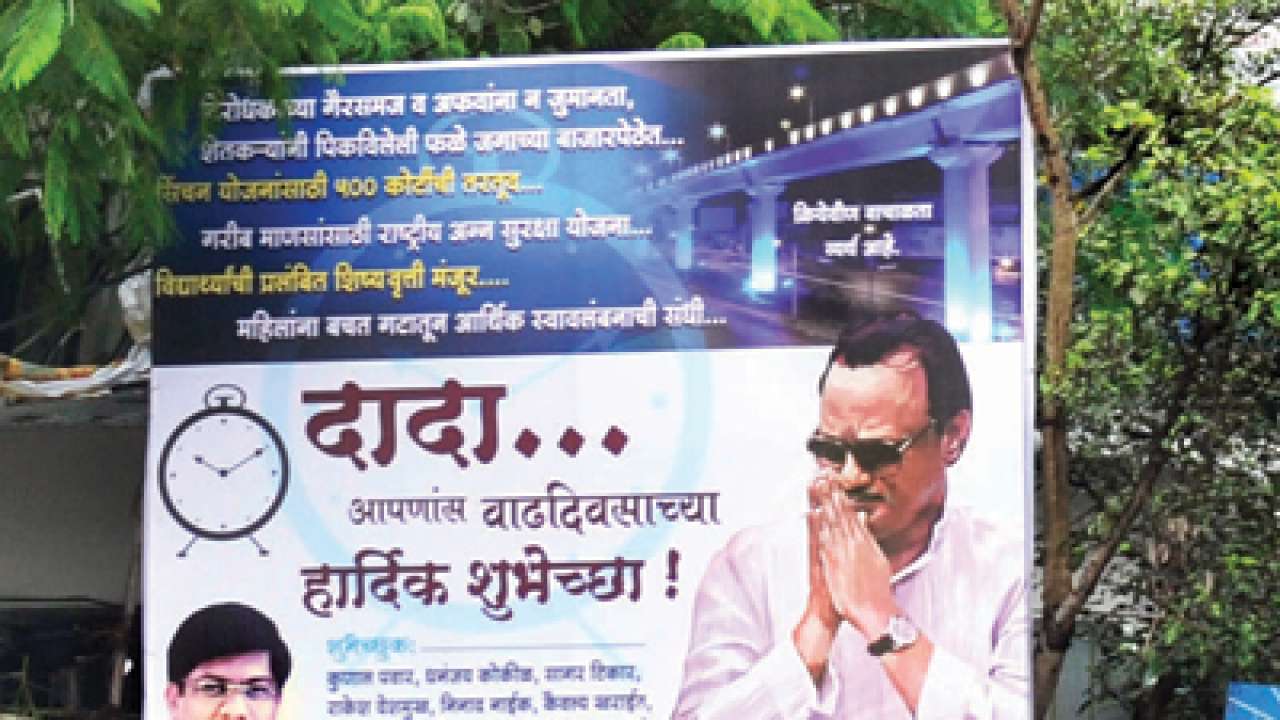
Language: marathi
Transcription: आपणास वाढदिवसाच्या दादा हार्दिक शुभेच्छा